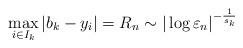
LaTeX: \begin{align*} \max_{i\in I_{k}}\left|b_{k}-y_{i}\right|=R_n\sim |\log\varepsilon_{n}|^{-\frac{1}{s_{k}}}\end{align*}